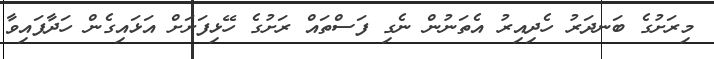
މިރަށުގެ ބަނދަރު ހެދިއިރު އެތަނުން ނެގި ފަސްތައް ރަށުގެ ހޭޅިފަށަށް އަޅައިގެން ހަދާފައިވާ